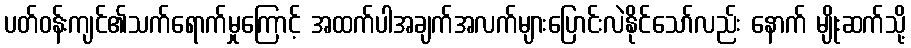
ပတ်ဝန်းကျင်၏သက်ရောက်မှုကြောင့် အထက်ပါအချက်အလက်များပြောင်းလဲနိုင်သော်လည်း နောက် မျိုးဆက်သို့